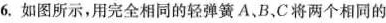
6.如图所示，用完全相同的轻弹簧A、B，C将两个相同的